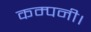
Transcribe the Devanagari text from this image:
कम्पनी।